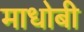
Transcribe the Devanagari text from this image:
माधोबी